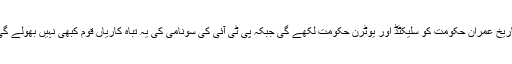
تاریخ عمران حکومت کو سلیکٹڈ اور یوٹرن حکومت لکھے گی جبکہ پی ٹی آئی کی سونامی کی یہ تباہ کاریاں قوم کبھی نہیں بھولے گی۔